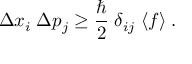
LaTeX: \Delta x _ { i } \; \Delta p _ { j } \ge \frac { \hbar } { 2 } \; \delta _ { i j } \; \langle f \rangle \; .